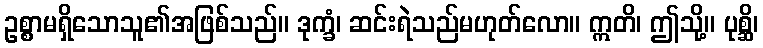
ဥစ္စာမရှိသောသူ၏အဖြစ်သည်။ ဒုက္ခံ၊ ဆင်းရဲသည်မဟုတ်လော။ ဣတိ၊ ဤသို့။ ပုစ္ဆိ၊